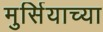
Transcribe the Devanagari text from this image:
मुर्सियाच्या